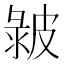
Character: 𤿴